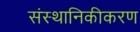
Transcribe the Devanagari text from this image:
संस्थानिकीकरण